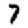
Digit: 7